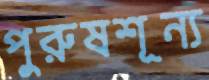
পুরুষশূন্য